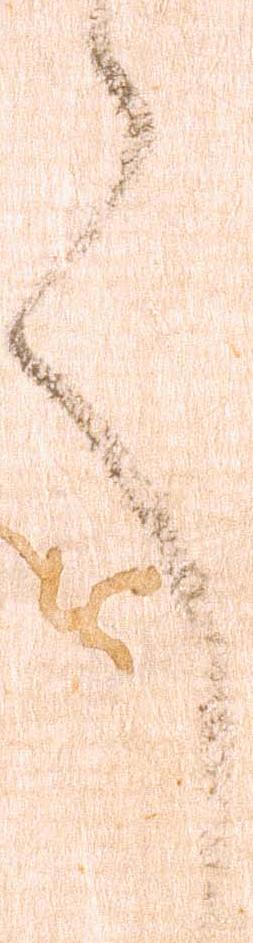
言